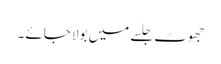
جھوٹ جلسے میں بولا جائے ۔